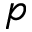
p